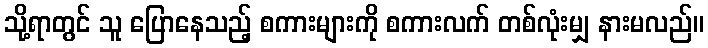
သို့ရာတွင် သူ ပြောနေသည့် စကားများကို စကားလက် တစ်လုံးမျှ နားမလည်။